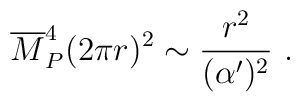
{\overline M}_P^4 (2\pi r)^2\sim {r^2\over(\alpha^\prime)^2}~.